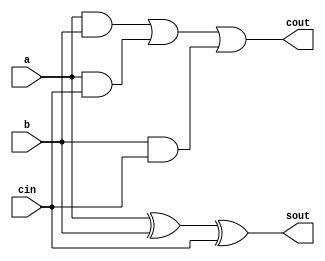
module FA(sout,cout,a,b,cin);
output sout,cout;
input a,b,cin;
assign sout =(a^b^cin);
assign cout = ((a&b)|(a&cin)|(b&cin));
endmodule